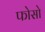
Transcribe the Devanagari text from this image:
फोसो